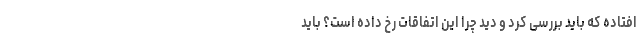
افتاده که باید بررسی کرد و دید چرا این اتفاقات رخ داده است؟ باید